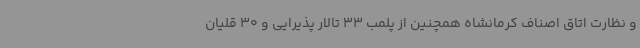
و نظارت اتاق اصناف کرمانشاه همچنین از پلمب 33 تالار پذیرایی و 30 قلیان